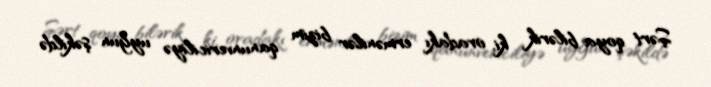
Şərt qoya bilərik ki, oradakı ermənilər bizim qanunvericiliyə uyğun şəkildə